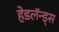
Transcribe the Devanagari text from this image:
हेडलॅन्ड्‌स